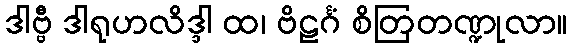
ဒါဗ္ဗီ ဒါရုဟလိဒ္ဒါ ထ၊ ဗိဠင်္ဂံ စိတြတဏ္ဍုလာ။